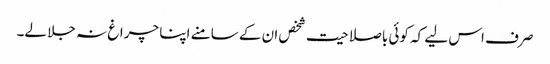
صرف اس لیے کہ کوئی باصلاحیت شخص ان کے سامنے اپنا چراغ نہ جلا لے۔